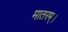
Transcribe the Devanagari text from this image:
मातरम्‌।